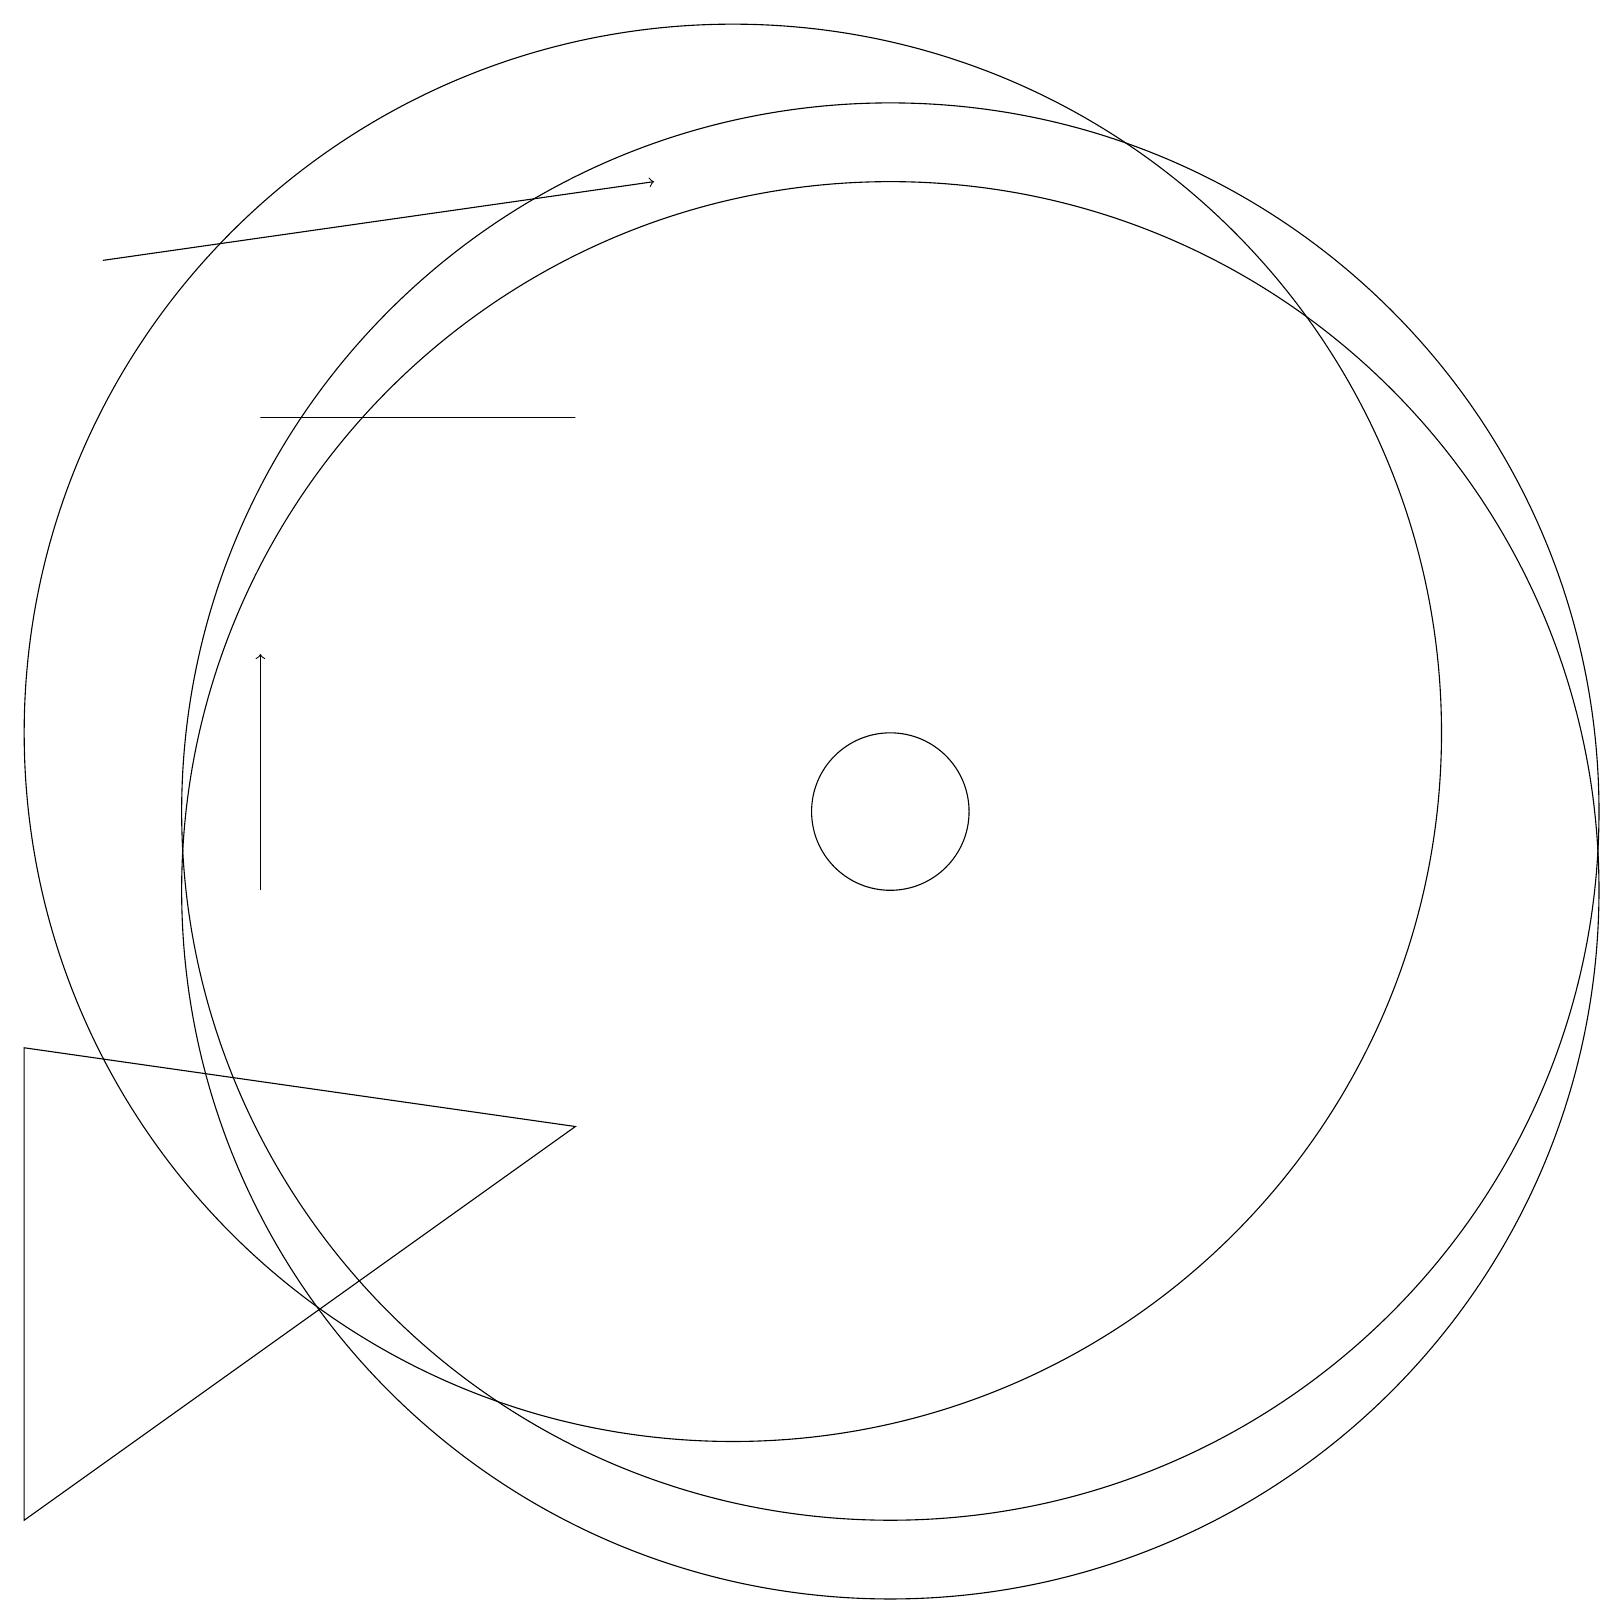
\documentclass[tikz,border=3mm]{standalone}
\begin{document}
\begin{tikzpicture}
\draw (8,16) rectangle (4,16);
\draw (10,12) circle (9);
\draw (12,11) circle (1);
\draw (12,10) circle (9);
\draw (12,11) circle (9);
\draw[->] (2,18) -- (9,19);
\draw[->] (4,10) -- (4,13);
\draw (8,7) -- (1,2) -- (1,8) -- cycle;
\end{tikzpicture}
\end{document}